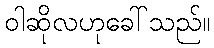
ဝါဆိုလဟုခေါ်သည်။